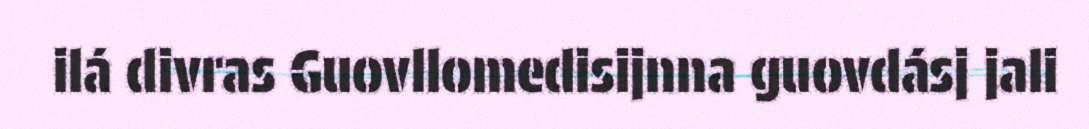
ilá divras Guovllomedisijnna guovdásj jali